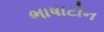
ભાષાટોન